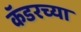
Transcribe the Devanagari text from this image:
कॅडरच्या